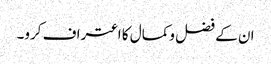
ان کے فضل وکمال کا اعتراف کرو۔